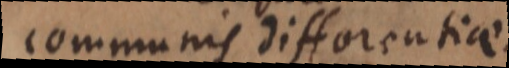
communis differentiae.